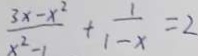
\frac { 3 x - x ^ { 2 } } { x ^ { 2 } - 1 } + \frac { 1 } { 1 - x } = 2